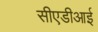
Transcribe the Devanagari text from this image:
सीएडीआई